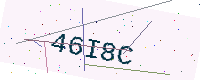
Text: 46I8C